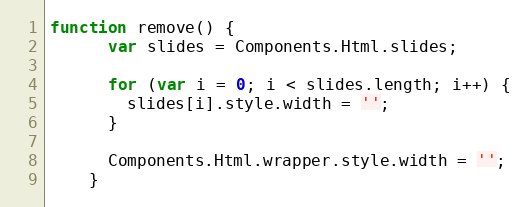
Language: JavaScript
function remove() {
      var slides = Components.Html.slides;

      for (var i = 0; i < slides.length; i++) {
        slides[i].style.width = '';
      }

      Components.Html.wrapper.style.width = '';
    }